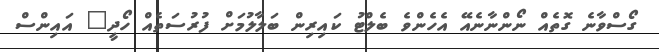
ގޯސްވާނެ ގޮތެއް ނޯންނާނެއޭ އެހެންވެ ބެލްޓު ކައިރިން ބަލާލުމަށް ފުރުސަތެއް ހޯދީ" އައިންސް